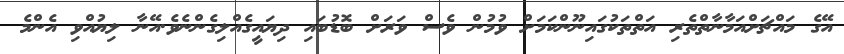
އޭގެ މައްޗަށްއަމާނާތްތެރި އަތްތަކުގައިނޫންކަމަށް ވުމުން ވެސް ވަރަށް ބޮޑުބައި ދިޔައީގެއްލިގެންނެވެ.އޭނާ ލިޔުއްވި އެންމެ